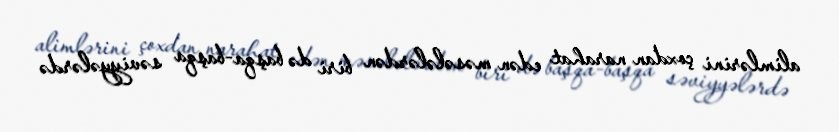
alimlərini çoxdan narahat edən məsələlərdən biri də başqa-başqa səviyyələrdə